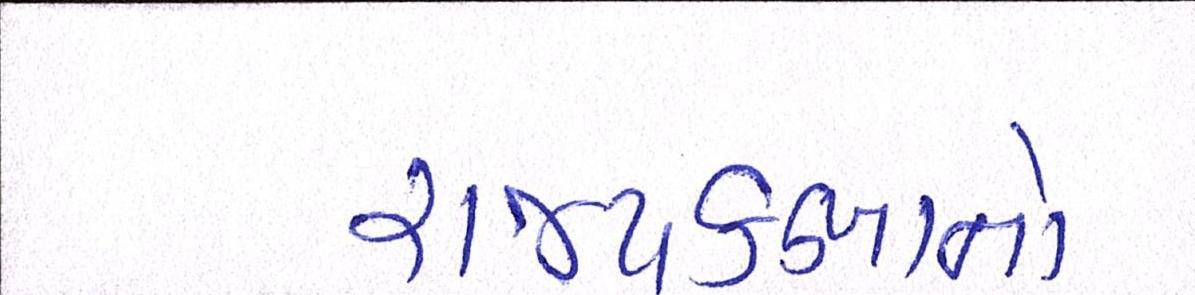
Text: રાજ્યકક્ષાનો